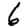
Digit: 6